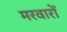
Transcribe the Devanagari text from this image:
मरवारों